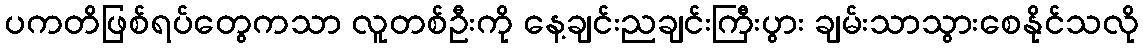
ပကတိဖြစ်ရပ်တွေကသာ လူတစ်ဦးကို နေ့ချင်းညချင်းကြီးပွား ချမ်းသာသွားစေနိုင်သလို